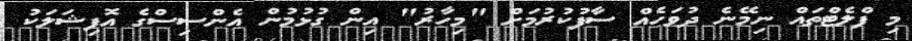
މި ފްލެޓްތައް ނިމޭނެ ދުވަހެއް ސާފުކުރުމަށް "މިހާރު" އިން ގުޅުމުން އެންސިސްގެ އޮފިޝަލަކު